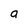
Character: a